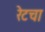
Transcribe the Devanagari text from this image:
रेटचा